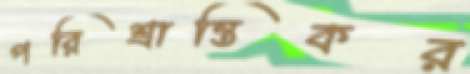
পরিশ্রান্তিকর